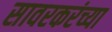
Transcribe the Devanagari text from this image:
सावरकरंच्या